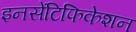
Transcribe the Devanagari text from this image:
इनसेंटिफिकेशन